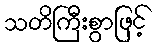
သတိကြီးစွာဖြင့်